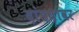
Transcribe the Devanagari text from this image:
दांडय़ावर